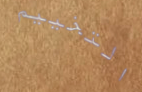
التخييم